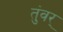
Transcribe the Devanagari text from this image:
तुंवर्